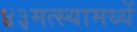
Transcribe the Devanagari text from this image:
४३मत्स्यामध्यें